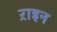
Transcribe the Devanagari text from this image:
ऱाइन